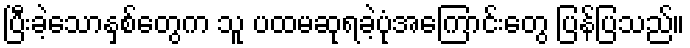
ပြီးခဲ့သောနှစ်တွေက သူ ပထမဆုရခဲ့ပုံအကြောင်းတွေ ပြန်ပြသည်။